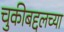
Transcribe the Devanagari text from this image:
चुकीबद्दलच्या